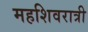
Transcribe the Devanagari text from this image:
महशिवरात्री